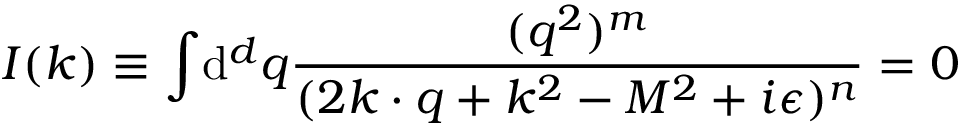
I ( k ) \equiv \int \! \mathrm { d } ^ { d } { q } { \frac { ( q ^ { 2 } ) ^ { m } } { ( 2 k \cdot q + k ^ { 2 } - M ^ { 2 } + i \epsilon ) ^ { n } } } = 0